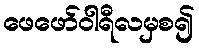
ဖေဖော်ဝါရီလမှစ၍